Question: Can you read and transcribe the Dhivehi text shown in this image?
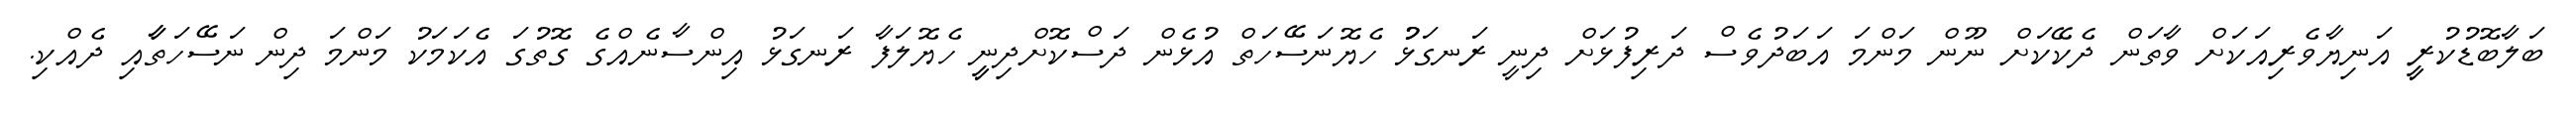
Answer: ބަލާބޮޑުކުރީީ އަނިޔާވެރިއަކަށް ވާތަން ދެކޭކަށް ނޫން މަންމަ އަބަދުވެސް ދަރިފުޅަށް ދިނީ ރަނގަޅުު ހެޔޮނަސޭހަތް އުޅެން ދަސްކޮށްދިނީީ ހެޔޮލަފާ ރަނގަޅު އިންސާނެއްގެ ގޮތުގަ އެކަމަކު މަންމަ ދިން ނަސޭހަތާާއި ދެއްކި.